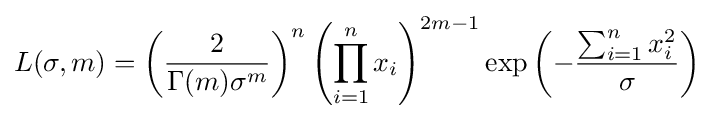
L(\sigma ,m)=\left({\frac {2}{\Gamma (m)\sigma ^{m}}}\right)^{n}\left(\prod _{i=1}^{n}x_{i}\right)^{2m-1}\exp \left(-{\frac {\sum _{i=1}^{n}x_{i}^{2}}{\sigma }}\right)